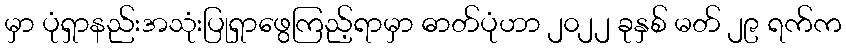
မှာ ပုံရှာနည်းအသုံးပြုရှာဖွေကြည့်ရာမှာ ဓာတ်ပုံဟာ ၂၀၂၂ ခုနှစ် မတ် ၂၉ ရက်က